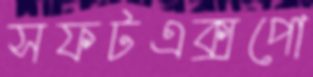
সফটএক্সপো